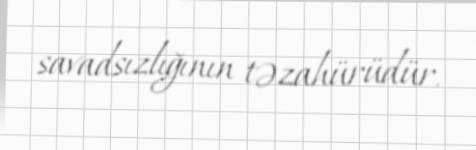
savadsızlığının təzahürüdür.